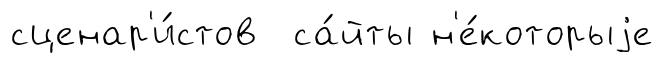
сценар'и́стов са́йты н'е́которыjе